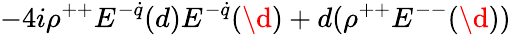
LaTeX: -4i\rho^{++}E^{-\dot{q}}(d)E^{-\dot{q}}(\d)+d(\rho^{++}E^{--}(\d))